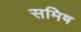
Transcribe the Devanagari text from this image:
समिष